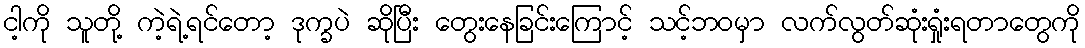
ငါ့ကို သူတို့ ကဲ့ရဲ့ရင်တော့ ဒုက္ခပဲ ဆိုပြီး တွေးနေခြင်းကြောင့် သင့်ဘဝမှာ လက်လွတ်ဆုံးရှုံးရတာတွေကို